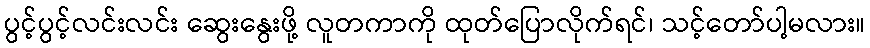
ပွင့်ပွင့်လင်းလင်း ဆွေးနွေးဖို့ လူတကာကို ထုတ်ပြောလိုက်ရင်၊ သင့်တော်ပါ့မလား။